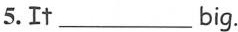
5.It___big.